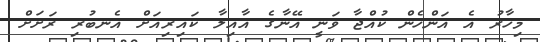
މިހާރު އެ އަންހެން ކުއްޖާ ވަނީ އޭނާގެ އާއިލާ ކައިރިއަށް އެނބުރި ރަށަށް